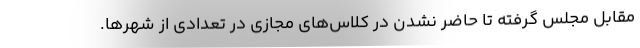
مقابل مجلس گرفته تا حاضر نشدن در کلاس‌های مجازی در تعدادی از شهرها.